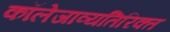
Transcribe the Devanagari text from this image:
कॉलेजाव्यतिरिक्त